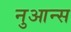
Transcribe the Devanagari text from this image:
नुआन्स